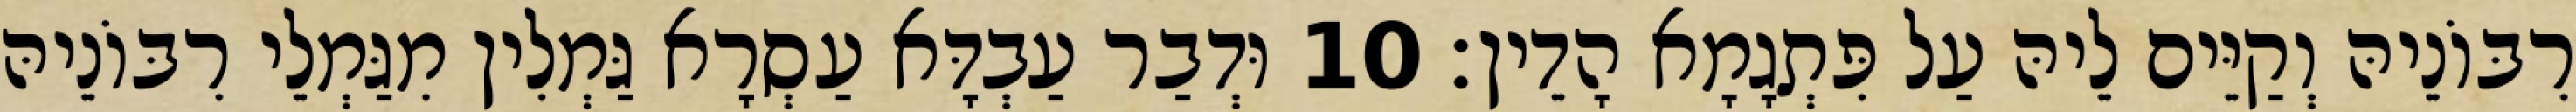
רִבּוֹנֵיהּ וְקַיֵּים לֵיהּ עַל פִּתְגָמָא הָדֵין׃ 10 וּדְבַר עַבְדָּא עַסְרָא גַּמְלִין מִגַּמְלֵי רִבּוֹנֵיהּ